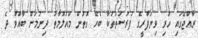
ރާއްޖޭގައި ހުރި ވިޔަފާރީގެ ފުރުސަތުތަކާ ބެހޭ ގޮތުން މައުލޫމާތު ދިނުމަށް ބާއްވާ ދެ